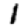
Digit: 1